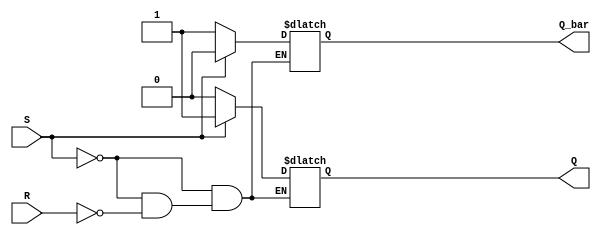
module sr_latch(
    input S, // Set input
    input R, // Reset input
    output reg Q, // Q output
    output reg Q_bar // Q' output
);

initial begin
    Q = 0; // Initialize Q to logic low
    Q_bar = 1; // Initialize Q' to logic high
end

always @(S, R) begin
    if (S) begin
        Q = 1; // Set Q to logic high
        Q_bar = 0; // Set Q' to logic low
    end else if (R) begin
        Q = 0; // Reset Q to logic low
        Q_bar = 1; // Reset Q' to logic high
    end
end

endmodule